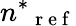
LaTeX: {n^{\ast}}_{\mathrm{~r~e~f~}}